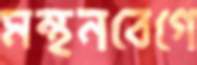
মন্থনবেগে